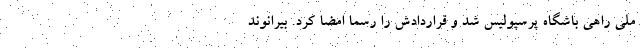
ملی راهی باشگاه پرسپولیس شد و قراردادش را رسما امضا کرد. بیرانوند